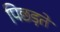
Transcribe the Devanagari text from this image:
पिछड़ते